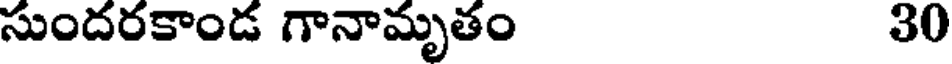
సుందరకాండ గానామృతం 30